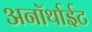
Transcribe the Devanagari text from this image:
अनॉर्थाईट